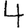
Digit: 4